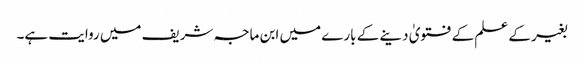
بغیر کے علم کے فتویٰ دینے کے بارے میں ابن ماجہ شریف میں روایت ہے۔